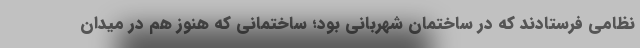
نظامی فرستادند که در ساختمان شهربانی بود؛ ساختمانی که هنوز هم در میدان